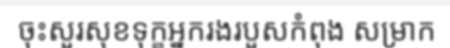
ចុះសួរសុខទុក្ខអ្នករងរបួសកំពុង សម្រាក